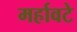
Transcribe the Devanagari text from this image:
मर्हावटे